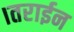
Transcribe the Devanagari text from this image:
।तराईन